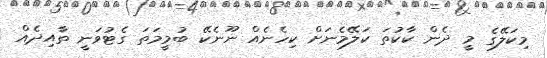
މިކަލޭގެ މީ ދެން ކާކުތަ ކަލޭމެނަށް ކިހެނެއް ނޫނެކޭ ބުމީމަތަ ގެޓުވަނީ ތާއިދެއް